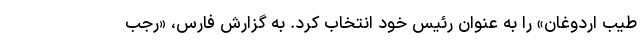
طیب اردوغان» را به عنوان رئیس خود انتخاب کرد. به گزارش فارس، «رجب